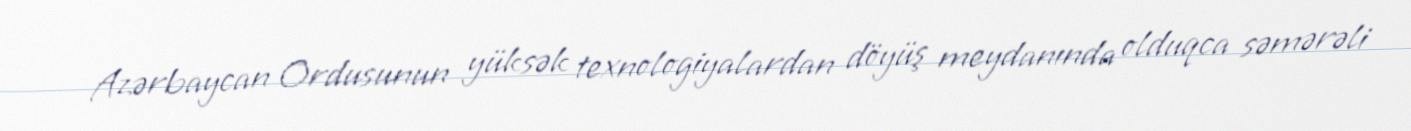
Azərbaycan Ordusunun yüksək texnologiyalardan döyüş meydanında olduqca səmərəli